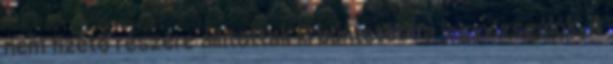
nem fizető részére állítottak ki büntetést a jegyvizsgálók. A